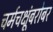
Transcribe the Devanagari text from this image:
चर्मचक्षूंबरोबर